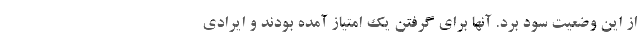
از این وضعیت سود برد. آنها برای گرفتن یک امتیاز آمده بودند و ایرادی